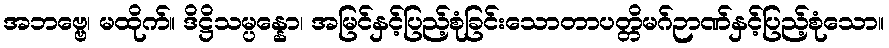
အဘဗ္ဗေ၊ မထိုက်။ ဒိဋ္ဌိသမ္ပန္နော၊ အမြင်နှင့်ပြည့်စုံခြင်းသောတာပတ္တိမဂ်ဉာဏ်နှင့်ပြည့်စုံသော။